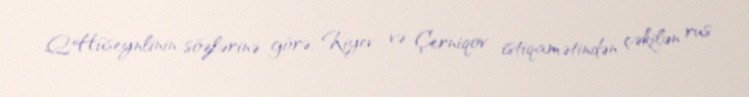
Q.Hüseynlinin sözlərinə görə, Kiyev və Çerniqov istiqamətindən çəkilən rus